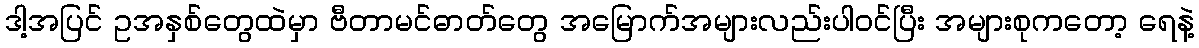
ဒါ့အပြင် ဥအနှစ်တွေထဲမှာ ဗီတာမင်ဓာတ်တွေ အမြောက်အများလည်းပါဝင်ပြီး အများစုကတော့ ရေနဲ့